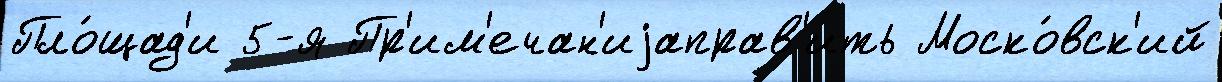
Пло́щад'и 5-я Пр'им'ечан'иjаправ'ить Моско́вск'ий